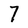
Character: 7